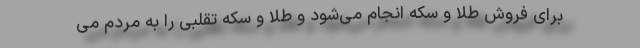
برای فروش طلا و سکه انجام می‌شود و طلا و سکه تقلبی را به مردم می‌